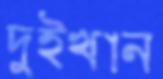
দুইখান